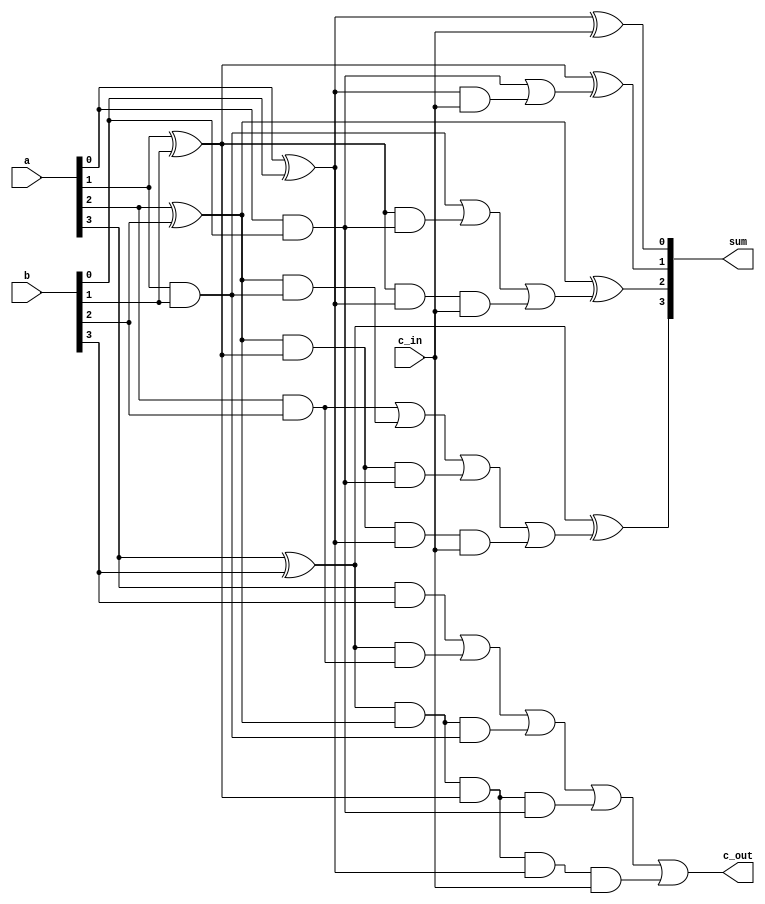
module CarrierAheadFullAdder (
    input [3:0] a, b,
    input c_in,
    
    output [3:0] sum,
    output c_out
);

    wire p0, p1, p2, p3, g0, g1, g2, g3;
    wire c4, c3, c2, c1;

    assign p0 = a[0] ^ b[0],
           p1 = a[1] ^ b[1],
           p2 = a[2] ^ b[2],
           p3 = a[3] ^ b[3];

    assign g0 = a[0] & b[0],
           g1 = a[1] & b[1],
           g2 = a[2] & b[2],
           g3 = a[3] & b[3];

    assign c1 = g0 | ( p0 & c_in ),
           c2 = g1 | ( p1 & g0 ) | ( p1 & p0 & c_in ),
           c3 = g2 | ( p2 & g1 ) | ( p2 & p1 & g0 ) | ( p2 & p1 & p0 & c_in ),
           c4 = g3 | ( p3 & g2 ) | ( p3 & p2 & g1 ) | ( p3 & p2 & p1 & g0 ) | ( p3 & p2 & p1 & p0 & c_in );

    assign sum[0] = p0 ^ c_in,
           sum[1] = p1 ^ c1,
           sum[2] = p2 ^ c2,
           sum[3] = p3 ^ c3;

    assign c_out = c4;

endmodule